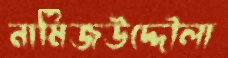
নামিজউদ্দৌলা